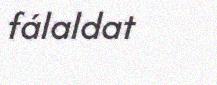
fálaldat